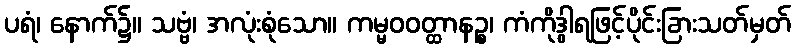
ပရံ၊ နောက်၌။ သဗ္ဗံ၊ အလုံးစုံသော။ ကမ္မဝဝတ္ထာနဉ္စ၊ ကံကိုဒွါရဖြင့်ပိုင်းခြားသတ်မှတ်